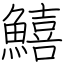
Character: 鱚